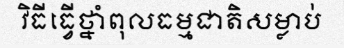
វិធីធ្វើថ្នាំពុលធម្មជាតិសម្លាប់